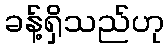
ခန့်ရှိသည်ဟု